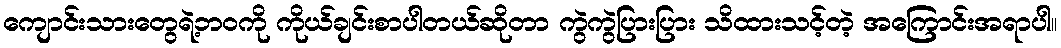
ကျောင်းသားတွေရဲ့ဘဝကို ကိုယ်ချင်းစာပါတယ်ဆိုတာ ကွဲကွဲပြားပြား သိထားသင့်တဲ့ အကြောင်းအရာပါ။